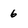
Character: 6